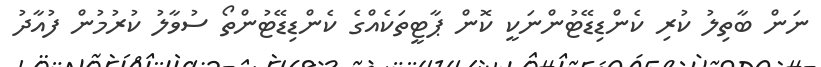
ނަން ބާތިލު ކުރި ކެންޑިޑޭޓުންނަކީ ކޮން ޕާޓީތަކެއްގެ ކެންޑިޑޭޓުންތޯ ސުވާލު ކުރުމުން ފުއާދު